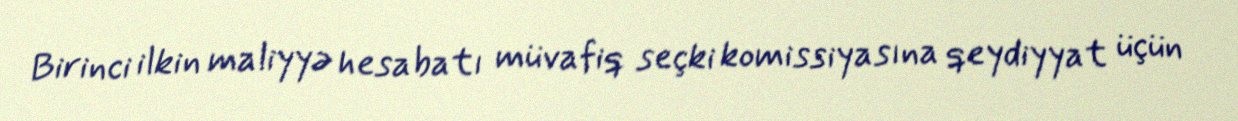
Birinci ilkin maliyyə hesabatı müvafiq seçki komissiyasına qeydiyyat üçün